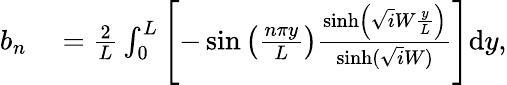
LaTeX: \begin{array}{rl}{b_{n}}&{{}=\frac{2}{L}\int_{0}^{L}\left[-\sin\left(\frac{n\pi y}{L}\right)\frac{\sinh\left(\sqrt iW\frac{y}{L}\right)}{\sinh(\sqrt iW)}\right]\mathrm{d}y,}\end{array}